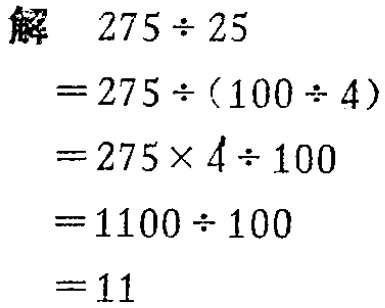
\begin{align*}
\text{解} \quad 275 \div 25&\\
=275 \div (100 \div 4)&\\
=275 \times 4 \div 100&\\
=1100 \div 100&\\
=11&
\end{align*}